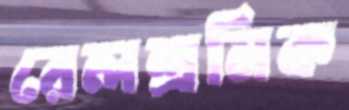
রেলশ্রমিক